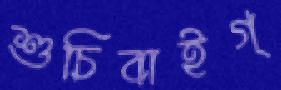
শুচিবাইগ্